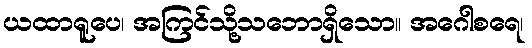
ယထာရူပေ၊ အကြင်သို့သဘောရှိသော။ အဂေါစရေ၊